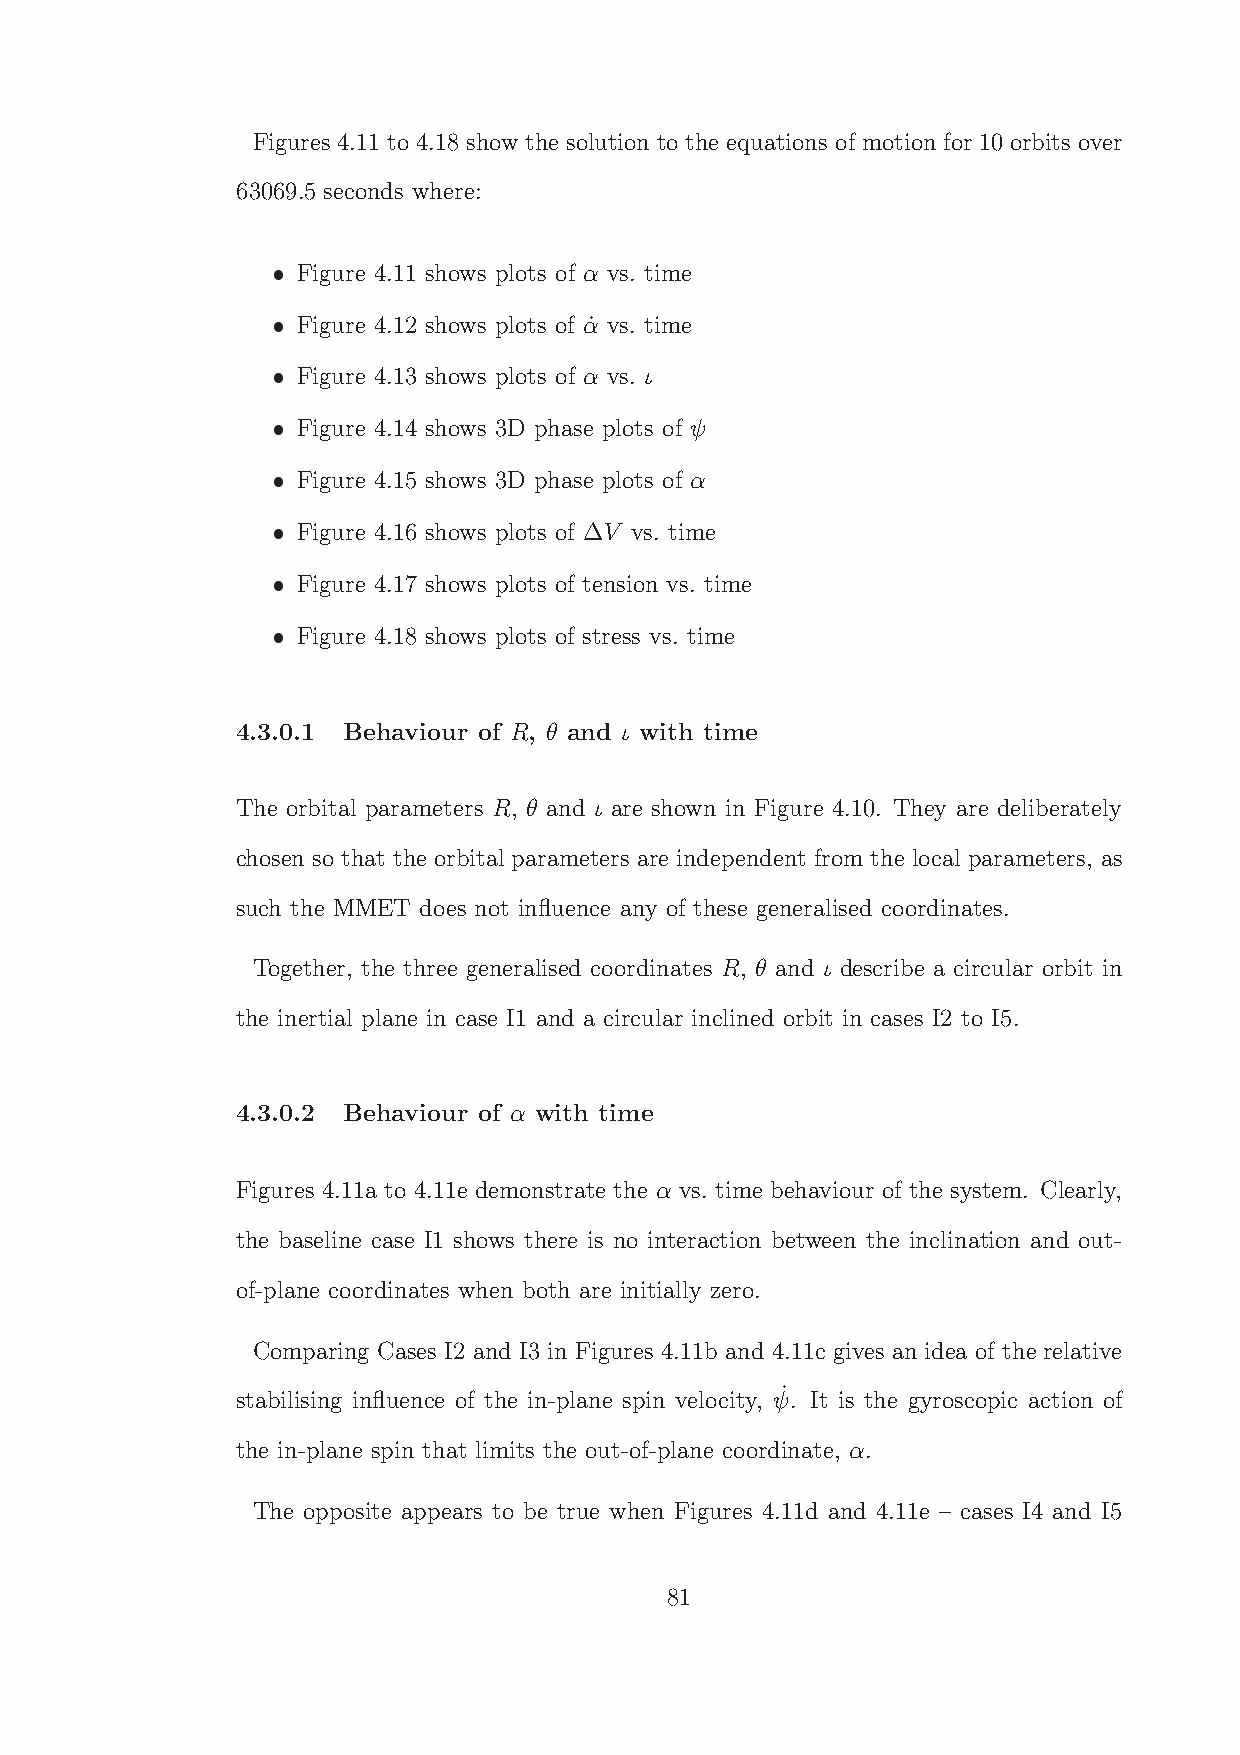
Figures 4.11 to 4.18 show the solution to the equations of motion for 10 orbits over
 63069.5 seconds where:
 Figure 4.11 shows plots of α vs. time
 Figure 4.12 shows plots of α˙ vs. time
 Figure 4.13 shows plots of α vs. ι
 Figure 4.14 shows 3D phase plots of ψ
 Figure 4.15 shows 3D phase plots of α
 Figure 4.16 shows plots of ∆V vs. time
 Figure 4.17 shows plots of tension vs. time
 Figure 4.18 shows plots of stress vs. time
 4.3.0.1 Behaviour of R, θ and ι with time
 The orbital parameters R, θ and ι are shown in Figure 4.10. They are deliberately
 chosen so that the orbital parameters are independent from the local parameters, as
 such the MMET does not influence any of these generalised coordinates.
 Together, the three generalised coordinates R, θ and ι describe a circular orbit in
 the inertial plane in case I1 and a circular inclined orbit in cases I2 to I5.
 4.3.0.2 Behaviour of α with time
 Figures 4.11a to 4.11e demonstrate the α vs. time behaviour of the system. Clearly,
 the baseline case I1 shows there is no interaction between the inclination and out-
 of-plane coordinates when both are initially zero.
 Comparing Cases I2 and I3 in Figures 4.11b and 4.11c gives an idea of the relative
 ˙
 stabilising influence of the in-plane spin velocity, ψ. It is the gyroscopic action of
 the in-plane spin that limits the out-of-plane coordinate, α.
 The opposite appears to be true when Figures 4.11d and 4.11e – cases I4 and I5
 81
 ˆ
 ˆ
 ˆ
 ˆ
 ˆ
 ˆ
 ˆ
 ˆ